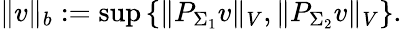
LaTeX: \Vert v\Vert_{b}:=\operatorname*{sup}\left\{ \Vert P_{\Sigma_{1}}v\Vert_{V},\Vert P_{\Sigma_{2}}v\Vert_{V}\right\} .